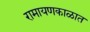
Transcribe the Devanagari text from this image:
रामायणकाळात